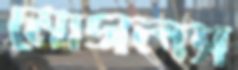
মোগলস